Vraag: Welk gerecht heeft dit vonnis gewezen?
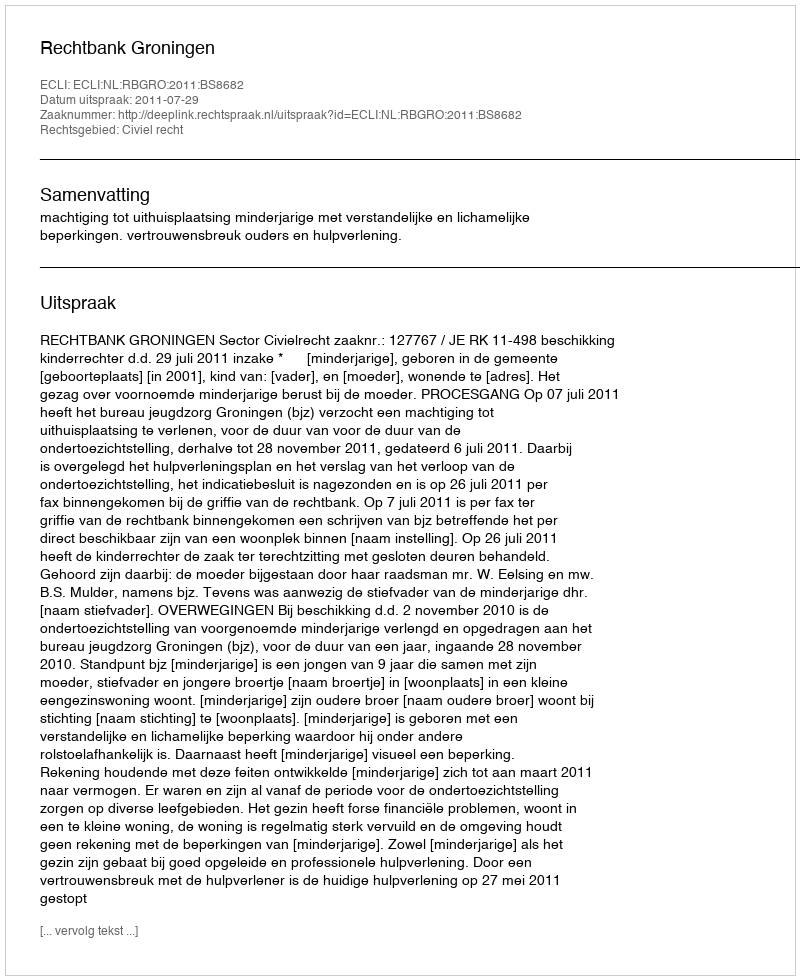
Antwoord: Rechtbank Groningen